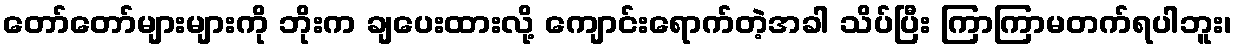
တော်တော်များများကို ဘိုးက ချပေးထားလို့ ကျောင်းရောက်တဲ့အခါ သိပ်ပြီး ကြာကြာမတက်ရပါဘူး၊